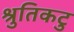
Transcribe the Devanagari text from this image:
श्रुतिकटु